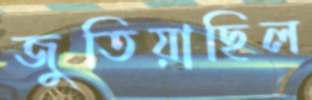
জুতিয়াছিল